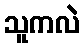
သူကလဲ